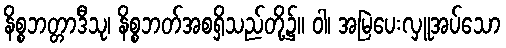
နိစ္စဘတ္တာဒီသု၊ နိစ္စဘတ်အစရှိသည်တို့၌။ ဝါ၊ အမြဲပေးလှူအပ်သော